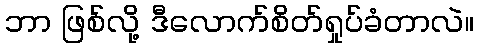
ဘာ ဖြစ်လို့ ဒီလောက်စိတ်ရှုပ်ခံတာလဲ။